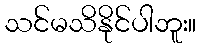
သင်မသိနိုင်ပါဘူး။